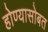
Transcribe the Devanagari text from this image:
होण्यासोबत